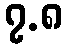
၇.၈